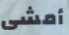
أمشى